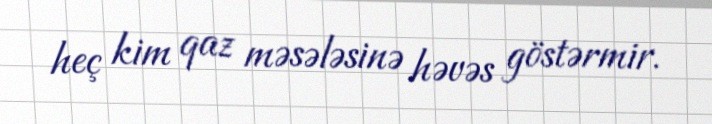
heç kim qaz məsələsinə həvəs göstərmir.